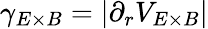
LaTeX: \gamma_{E\times B}=|\partial_{r}V_{E\times B}|